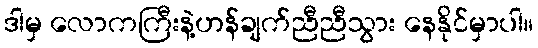
ဒါမှ လောကကြီးနဲ့ဟန်ချက်ညီညီသွား နေနိုင်မှာပါ။